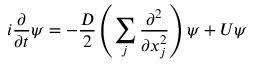
i \frac { \partial } { \partial t } \psi = - \frac { D } { 2 } \left( \sum _ { j } \frac { \partial ^ { 2 } } { \partial x _ { j } ^ { 2 } } \right) \psi + U \psi